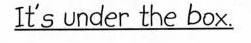
\underline{It's under the box.}